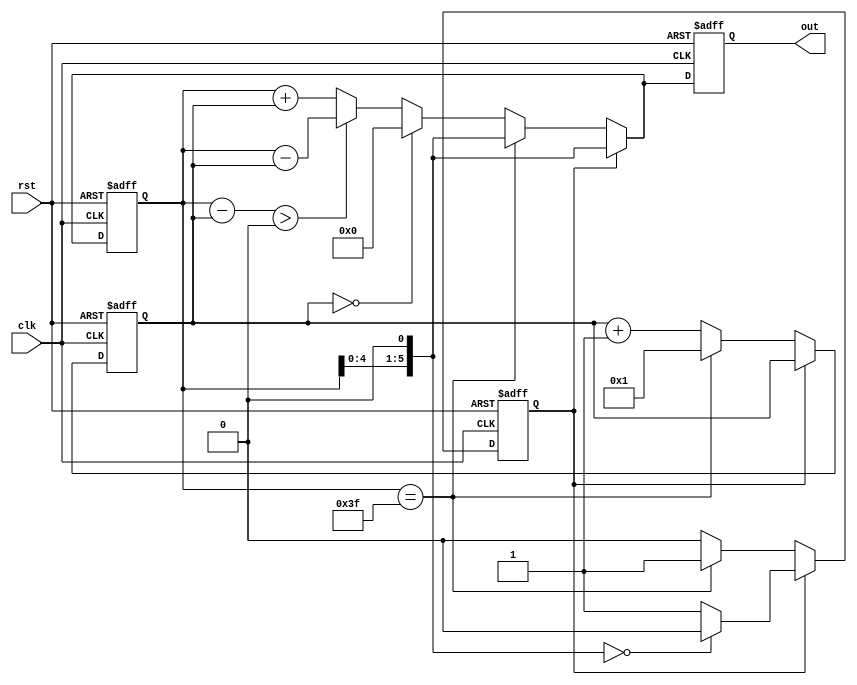
`timescale 1ns / 100ps
module lab2_1 (clk, rst, out);
    input clk, rst;
    output reg [5:0] out;
    reg [5:0] cnt = 6'd0, idx = 6'd0;
    reg signed [6:0] check; 
    reg dir = 1'b0;
    always@(posedge clk, posedge rst) begin
        if(rst) begin
            out = 6'd0;
            cnt = 6'd0;
            idx = 6'd1;
            dir = 1'd0;
        end else begin
            if(!dir) begin
                if(cnt == 6'd63) begin
                    dir = 1'd1;
                    out = cnt << 1;
                    idx = 6'd1;
                end else begin
                    check = cnt - idx;
                    if(idx == 0) begin
                        out = 6'd0;
                    end
                    else if(check > 0) begin
                        out = cnt - idx;
                    end
                    else begin
                        out = cnt + idx;
                    end
                    idx = idx + 1;
                end
            end else begin
                out = cnt << 1;
                if(!out) dir = 0; 
            end
        end
        cnt = out;
    end
endmodule